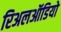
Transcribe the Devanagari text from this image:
रिअलऑडियो